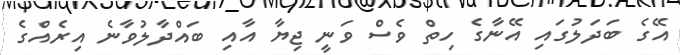
އޭގެ ބަދަލުގައި އޭނާގެ ހިތް ވެސް ވަނީ ޖިޔާ އާއި ބައްދާލުވާނެ އިރެއްގެ